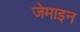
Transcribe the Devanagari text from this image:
जेमाइन